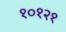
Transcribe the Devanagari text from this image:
१०१२१